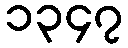
၁၃၄၇